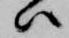
ハ